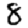
Digit: 8